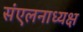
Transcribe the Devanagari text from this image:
संएलनाध्यक्ष